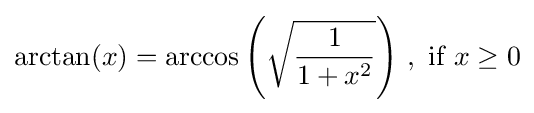
\arctan(x)=\arccos \left({\sqrt {\frac {1}{1+x^{2}}}}\right)\,,{\text{ if }}x\geq 0